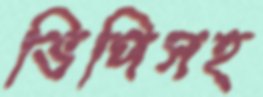
ভিপিসহ